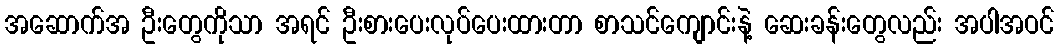
အဆောက်အ ဦးတွေကိုသာ အရင် ဦးစားပေးလုပ်ပေးထားတာ စာသင်ကျောင်းနဲ့ ဆေးခန်းတွေလည်း အပါအဝင်